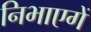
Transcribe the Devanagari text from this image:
निभाएगें